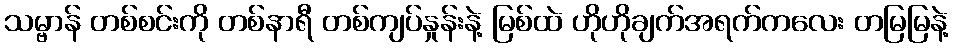
သမ္ဗာန် တစ်စင်းကို တစ်နာရီ တစ်ကျပ်နှုန်းနဲ့ မြစ်ထဲ ဟိုဟိုချက်အရက်ကလေး တမြမြနဲ့